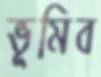
ভূমিব